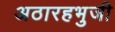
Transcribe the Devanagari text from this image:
अठारहभुजी